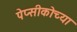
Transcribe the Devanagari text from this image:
पेप्सीकोच्या